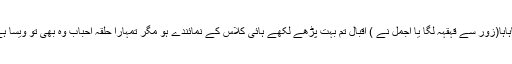
”ہاہاہا(زور سے قہقہہ لگا یا اجمل نے ) اقبال تم بہت پڑھے لکھے ہائی کلاس کے نمائندے ہو مگر تمہارا حلقہ احباب وہ بھی تو ویسا ہے۔